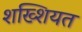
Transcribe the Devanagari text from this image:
शख्शियत